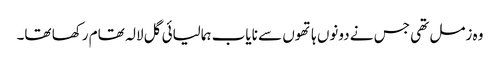
وہ زمل تھی جس نے دونوں ہاتھوں سے نایاب ہمالیائی گل لالہ تھام رکھا تھا۔